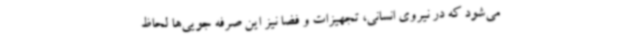
می‌شود که در نیروی انسانی، تجهیزات و فضا نیز این صرفه جویی‌ها لحاظ